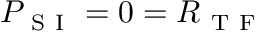
P _ { \mathrm { ~ S ~ I ~ } } = 0 = R _ { \mathrm { ~ T ~ F ~ } }